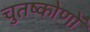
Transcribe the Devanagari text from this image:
चुतष्कोणों